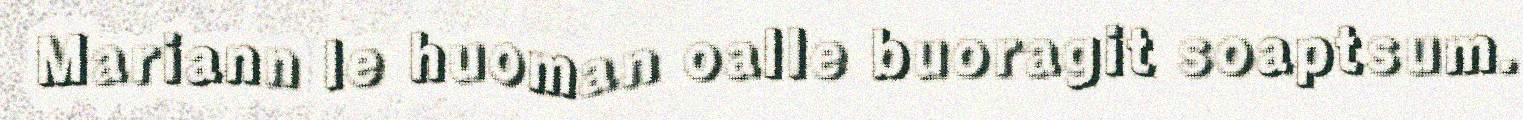
Mariann le huoman oalle buoragit soaptsum.